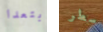
ابتعدا سطر